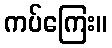
ကပ်ကြေး။